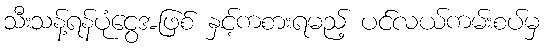
သီးသန့်ရန်ပုံငွေအဖြစ် နှင့်ကစားရမည့် ပင်လယ်ကမ်းစပ်မှ